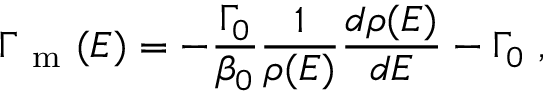
\Gamma _ { \mathrm { ~ m ~ } } ( E ) = - \frac { \Gamma _ { 0 } } { \beta _ { 0 } } \frac { 1 } { \rho ( E ) } \frac { d \rho ( E ) } { d E } - \Gamma _ { 0 } \mathrm { ~ , ~ }